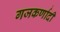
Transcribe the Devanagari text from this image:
गजकर्णादी